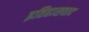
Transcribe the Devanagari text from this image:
इतिहासवाद